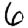
Digit: 6